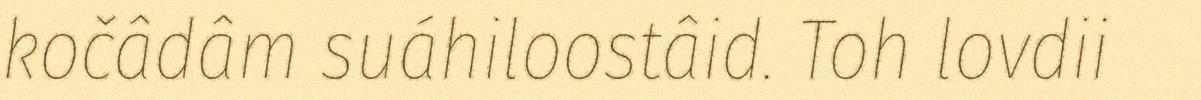
kočâdâm suáhiloostâid. Toh lovdii